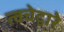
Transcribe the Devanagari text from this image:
त्वचेद्वारे